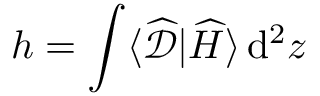
h = \int \langle \widehat { \mathscr { D } } | \widehat { H } \rangle \, \mathrm { d } ^ { 2 } z